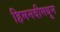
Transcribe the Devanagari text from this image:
हिमनदीमधून